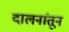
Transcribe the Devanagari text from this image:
दालनांतून